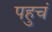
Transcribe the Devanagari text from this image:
पहुचं